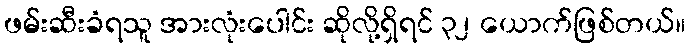
ဖမ်းဆီးခံရသူ အားလုံးပေါင်း ဆိုလို့ရှိရင် ၃၂ ယောက်ဖြစ်တယ်။